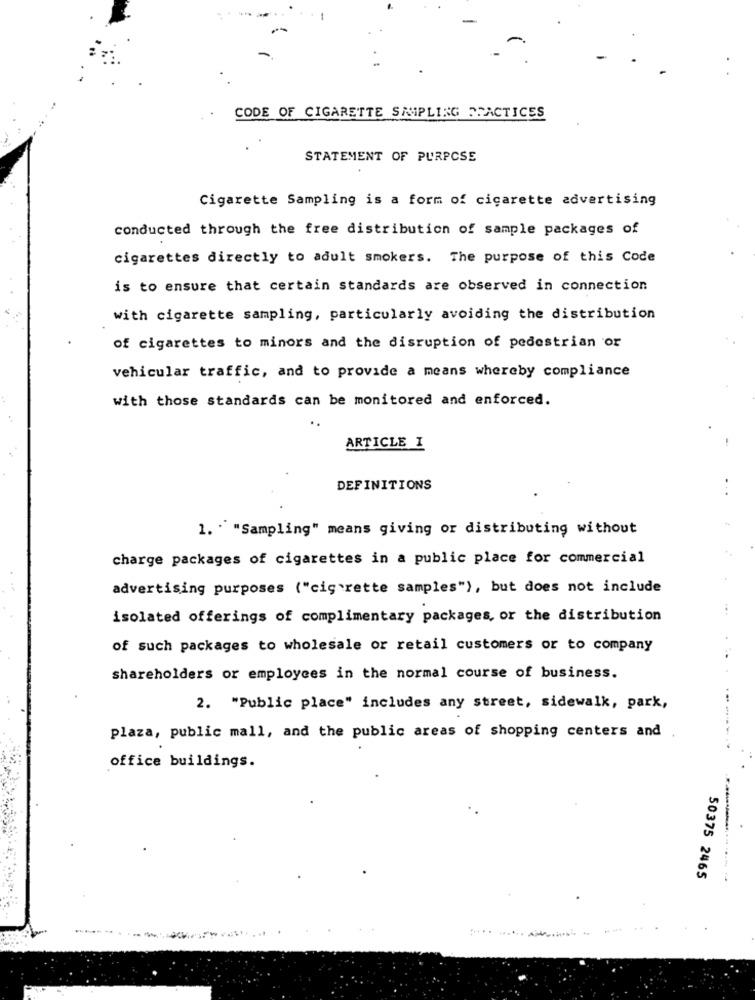
CODE OF CIGARETTE SAMPLING PRACTICES
STATEMENT OF PURPOSE
Cigarette Sampling is a form of cigarette advertising
conducted through the free distribution of sample packages of
cigarettes directly to adult smokers. The purpose of this Code
is to ensure that certain standards are observed in connection
with cigarette sampling, particularly avoiding the distribution
of cigarettes to minors and the disruption of pedestrian or
vehicular traffic, and to provide a means whereby compliance
with those standards can be monitored and enforced.
ARTICLE I
DEFINITIONS
1. " "Sampling" means giving or distributing without
charge packages of cigarettes in a public place for commercial
advertising purposes ("cis'rette samples"), but does not include
isolated offerings of complimentary packages, or the distribution
of such packages to wholesale or retail customers or to company
shareholders or employees in the normal course of business.
2. "Public place" includes any street, sidewalk, park,
plaza, public mall, and the public areas of shopping centers and
office buildings.
50375 2465